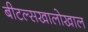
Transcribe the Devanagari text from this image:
बीटल्सखालोखाल